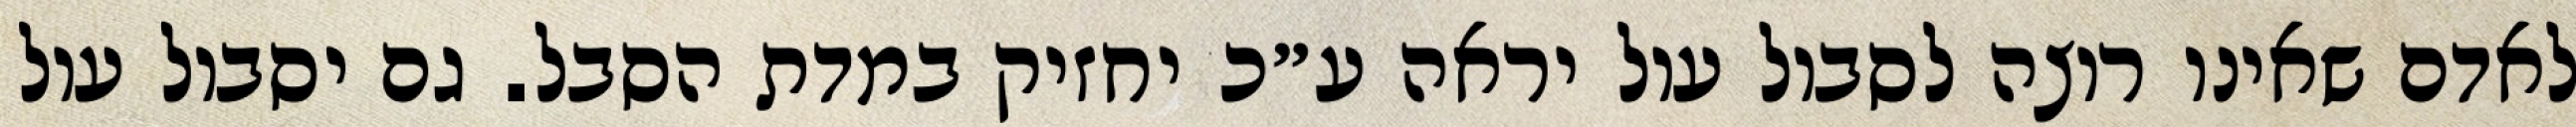
לאדם שאינו רוצה לסבול עול יראה ע״כ יחזיק במדת הסבל. גם יסבול עול